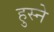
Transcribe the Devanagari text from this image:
हुस्ने